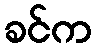
ခင်က